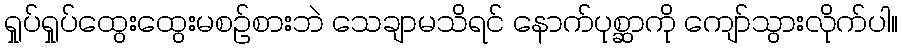
ရှုပ်ရှုပ်ထွေးထွေးမစဉ်စားဘဲ သေချာမသိရင် နောက်ပုစ္ဆာကို ကျော်သွားလိုက်ပါ။